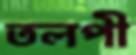
তলপী